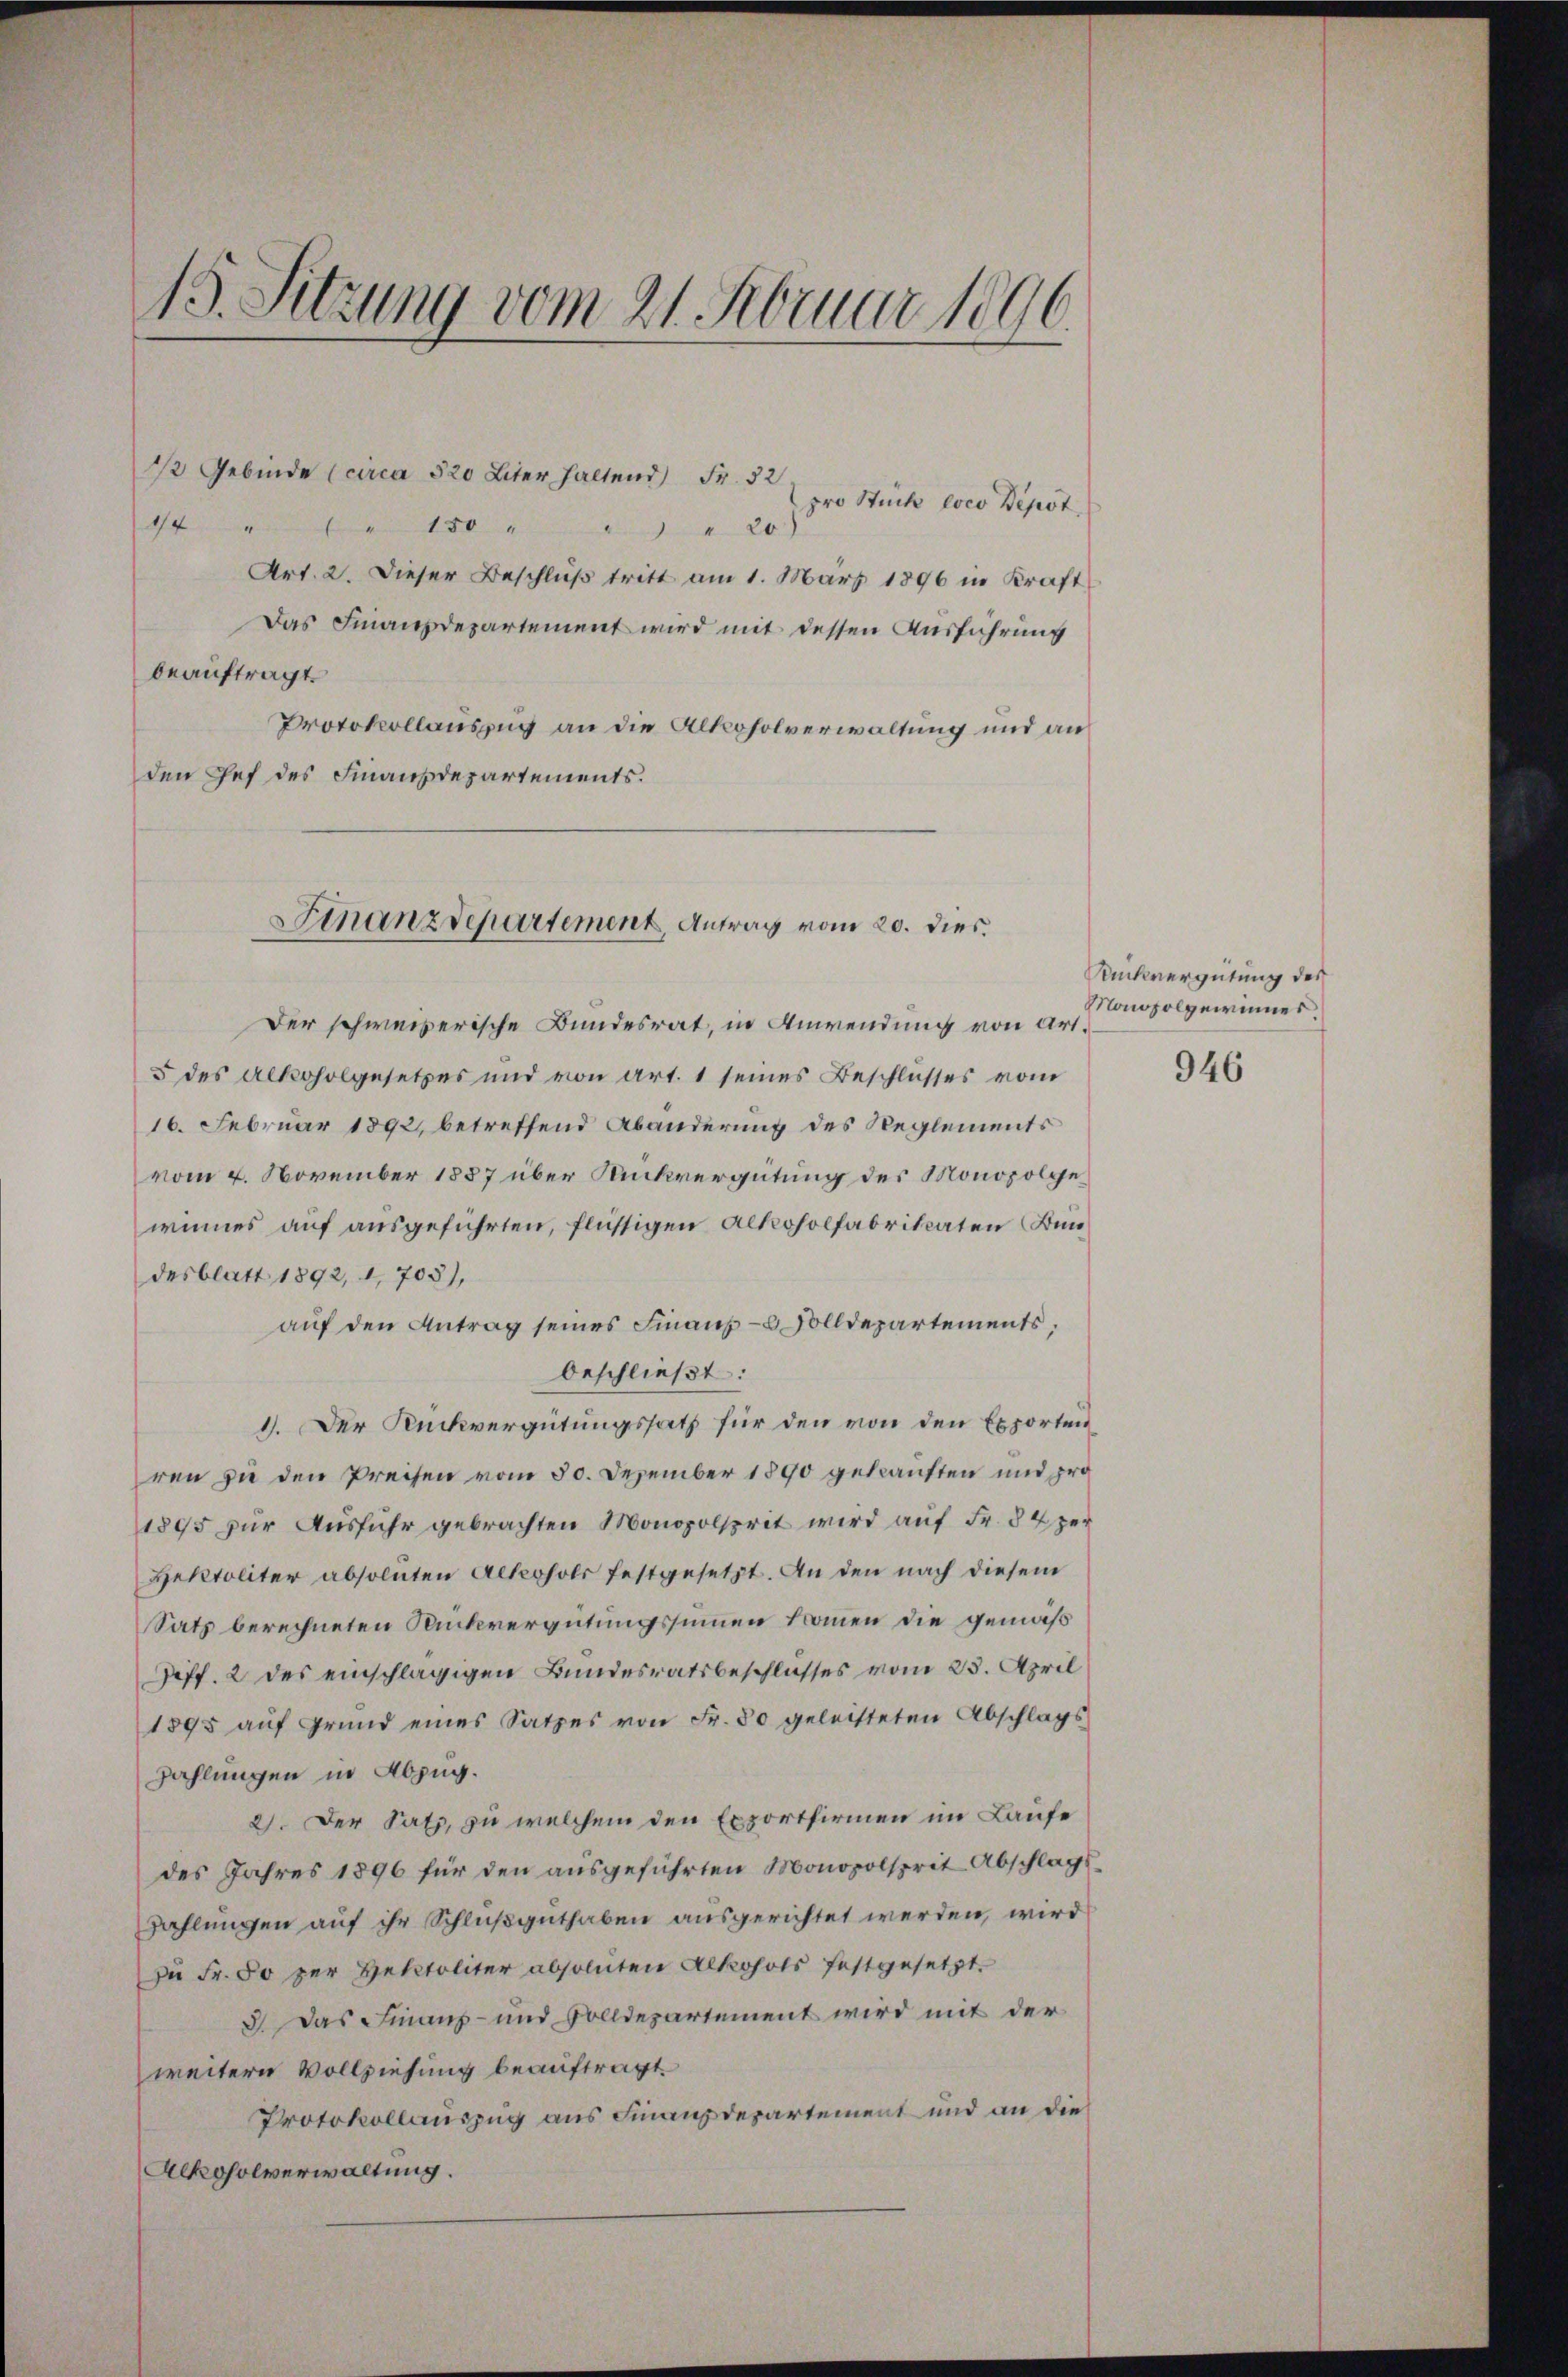
15. Sitzung vom 21. Februar 1896.

½ Gebinde (circa 520 Liter haltend Fr. 32
pro Stück loco Depot
14 " " " 150 " " " " 20)
Art. 2. Dieser Beschluß tritt am 1. März 1896 in Kraft
Das Finanzdepartement wird mit dessen Ausführung
beauftragt.
Protokollauszug an die Alkoholverwaltung und an
den Chef des Finanzdepartements.

Finanzdepartement, Antrag vom 20. dies

Der schweizerische Bundesrat, in Anwendung von Art.
5 des Alkoholgesetzes und von Art. 1 seines Beschlusses vom
16. Februar 1892, betreffend Abänderung des Reglements
vom 2. November 1887 über Rückvergütung des Monopolge
winnes auf ausgeführten, flüssigen Alkoholfabrikaten Ben
desblatt 1892, 1,708),
auf den Antrag seines Finanz- B. Solldepartements,
beschließt:
1. Der Rückvergütungssatz für den von den Exporten
ren zu den Preisen vom 30. Dezember 1890 gekauften und pro¬
1895 zur Ausführ gebrachten Monopolsprit wird auf Fr. 84 per
Hektoliter absoluten Allerholt festgesetzt. An den nach diesem
Satz berechneten Rückvergütungssummen kommen die gemäß
Ziff. 2 des einschlägigen Bundesratsbeschlusses vom 25. April
1895 aŭf Grund eines Satzes von Fr. 30 geleisteten Abschlags
Zahlungen in Abzug.
2). Der Satz, zu welchem den Exportfirmen im Laufe
des Jahres 1896 für den ausgeführten Monopolsprit Abschlags¬
Zahlungen auf ihr Schlußguthaben ausgerichtet werden, wird
zu Fr. 50 zur Hektoliter absoluten Alkohols festgesetzt.
3. Das Finanz- und Solldepartement wird mit der
weitern Vollziehung beauftragt.
Protokollauszug aus Finanzdepartement und an die
Alkoholverwaltung.

Rückvergütung des
Nonopolgerinnes,

946